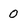
Character: 0